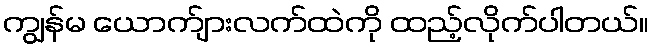
ကျွန်မ ယောက်ျားလက်ထဲကို ထည့်လိုက်ပါတယ်။